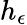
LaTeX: h_{\epsilon}